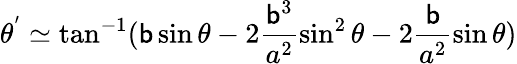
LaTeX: \theta^{'}\simeq\tan^{-1}(\mathsf{b}\sin\theta-2\frac{{\mathsf{b}^{3}}}{{a^{2}}}\sin^{2}\theta-2\frac{{\mathsf{b}}}{{a^{2}}}\sin\theta)